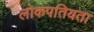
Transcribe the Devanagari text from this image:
लोकपतियता